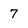
Character: 7